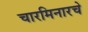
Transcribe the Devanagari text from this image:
चारमिनारचे